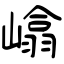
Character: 嶖